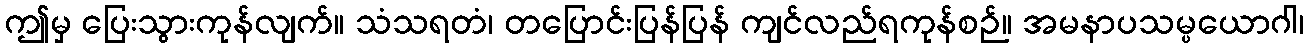
ဤမှ ပြေးသွားကုန်လျက်။ သံသရတံ၊ တပြောင်းပြန်ပြန် ကျင်လည်ရကုန်စဉ်။ အမနာပသမ္ပယောဂါ၊